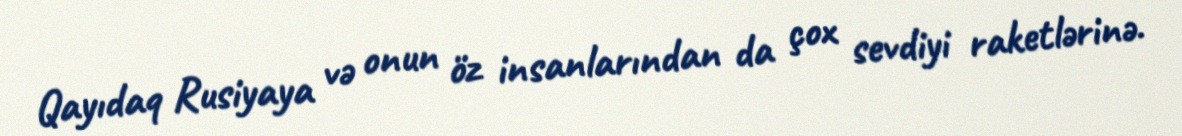
Qayıdaq Rusiyaya və onun öz insanlarından da çox sevdiyi raketlərinə.